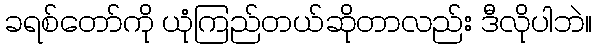
ခရစ်တော်ကို ယုံကြည်တယ်ဆိုတာလည်း ဒီလိုပါဘဲ။